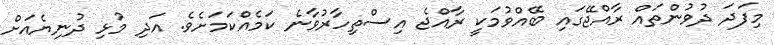
މިފަދަ ދުވުންތައް ރާއްޖޭގައި ބޭއްވުމަކީ ރާއްޖެ އިސްތިހާރުވާނެ ކަމެއްކަމަށެވެ. އަދި މުޅި ދުނިޔެއަށް